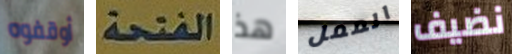
أوقفوه الفتحة هذ الممل نضيف